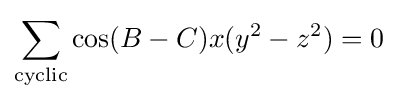
\sum _{\text{cyclic}}\cos(B-C)x(y^{2}-z^{2})=0